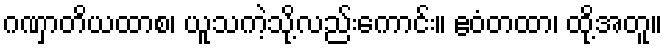
ဂဏှာတိယထာစ၊ ယူသကဲ့သို့လည်းကောင်း။ ဧဝံတထာ၊ ထို့အတူ။